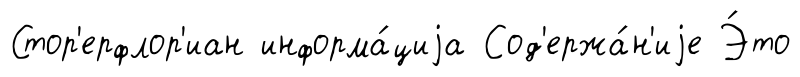
Стор'ерфлор'иан информа́циjа Сод'ержа́н'иjе Э́то